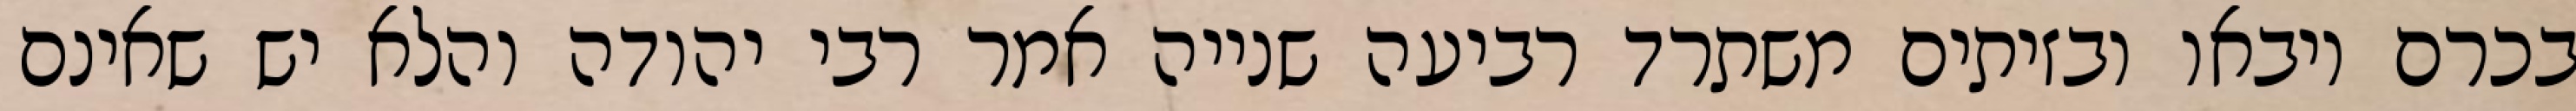
בכרם ויבאו ובזיתים משתרד רביעה שנייה אמר רבי יהודה והלא יש שאינם